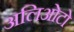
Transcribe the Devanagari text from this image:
अलिओटो